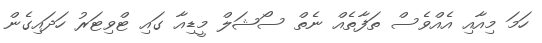
ހަމަ މިއާއި އެއްވެސް ތަފާތެއް ނެތް ސޯޝަލް މީޑިއާ ގައި ޓްވިޓަރު ހަދައިގެން